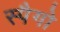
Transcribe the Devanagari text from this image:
स्पैगो